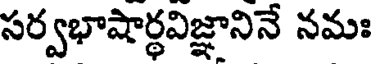
సర్వభాషార్థవిజ్ఞానినే నమః